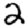
Digit: 2